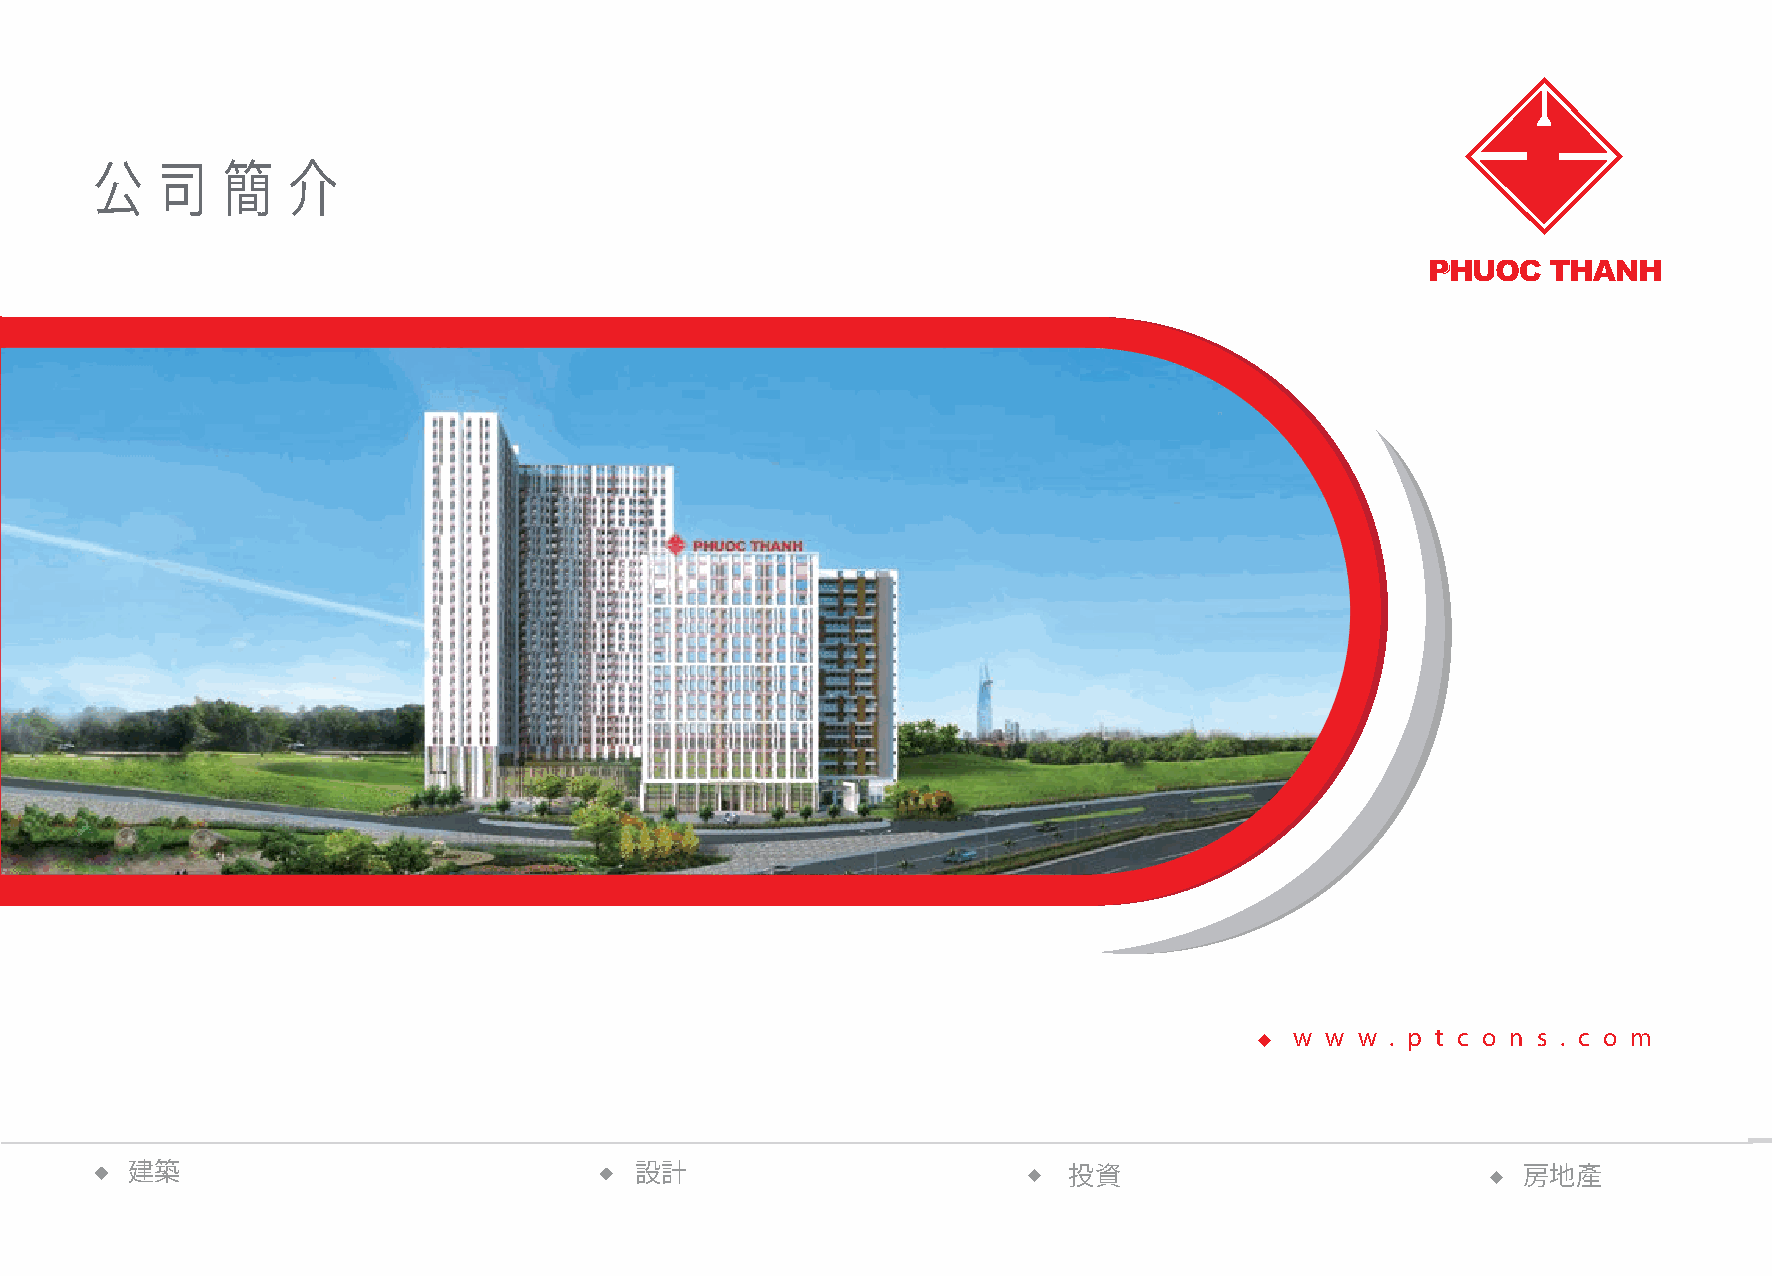
公   司    簡   介
 福成建築股份公司
 Tel : 028.5431.8330 Address : Lot 21, No. 24 Street, Him Lam Email : ptcons@ptcons.com w w w . p t c o n s . c o m
 028.5431.8331 Residential Area, Binh Hung Ward,
 Fax : 028.5431.8332 Binh Chanh District, HCM City. Tax Code : 0303615482
 建築                                設計                           投資                            房地產
 Construction Corporation 1
 www.ptcons.com